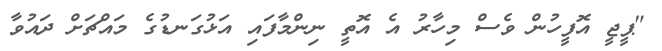
"ޕީޖީ އޮފީހުން ވެސް މިހާރު އެ އޮތީ ނިންމާފައި އަޅުގަނޑުގެ މައްޗަށް ދައުވާ